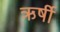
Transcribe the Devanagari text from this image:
ऋर्षी